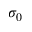
\sigma _ { 0 }